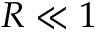
R \ll 1